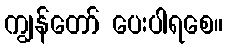
ကျွန်တော် ပေးပါရစေ။